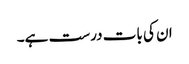
ان کی بات درست ہے۔